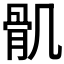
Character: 𩨒